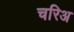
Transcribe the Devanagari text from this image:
चरिअ